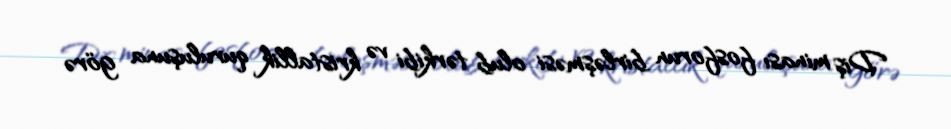
Diş minası fosforun birləşməsi olub tərkibi və kristallik quruluşuna görə